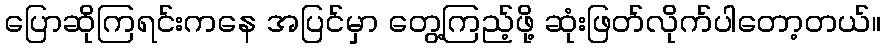
ပြောဆိုကြရင်းကနေ အပြင်မှာ တွေ့ကြည့်ဖို့ ဆုံးဖြတ်လိုက်ပါတော့တယ်။